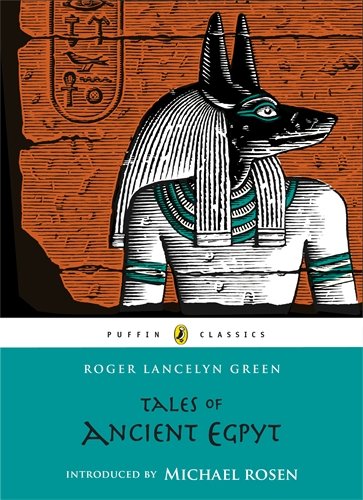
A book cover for Tales of Ancient Egypt (Puffin Classics); Roger Lancelyn Green; Children's Books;